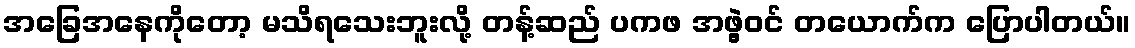
အခြေအနေကိုတော့ မသိရသေးဘူးလို့ တန့်ဆည် ပကဖ အဖွဲ့ဝင် တယောက်က ပြောပါတယ်။